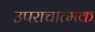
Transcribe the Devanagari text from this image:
उपराचात्मक